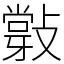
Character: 𢿦